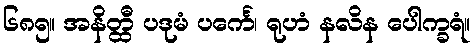
၆၈၅။ အနိတ္ထီ ပဒုမံ ပင်္ကေ၊ ရုဟံ နလိန ပေါက္ခရံ။